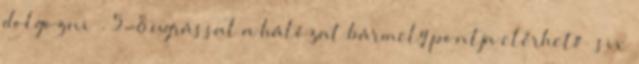
dolgozni” . 5-8 ugrással a hálózat bármely pontja elérhető „six